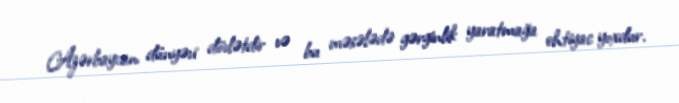
Azərbaycan dünyəvi dövlətdir və bu məsələdə gərginlik yaratmağa ehtiyac yoxdur.